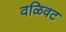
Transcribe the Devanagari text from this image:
वळिवट